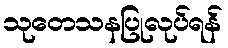
သုတေသနပြုလုပ်ရန်